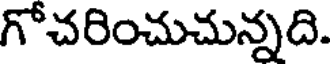
గోచరించుచున్నది.